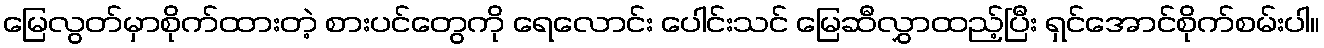
မြေလွတ်မှာစိုက်ထားတဲ့ စားပင်တွေကို ရေလောင်း ပေါင်းသင် မြေဆီလွှာထည့်ပြီး ရှင်အောင်စိုက်စမ်းပါ။